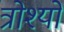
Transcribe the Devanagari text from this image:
त्रोश्यो